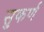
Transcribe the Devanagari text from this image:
सुकर्ण